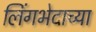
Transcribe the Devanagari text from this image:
लिंगभेदाच्या